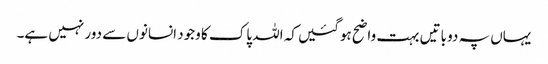
یہاں پہ دو باتیں بہت واضح ہوگئیں کہ اللہ پاک کا وجود انسانوں سے دور نہیں ہے۔